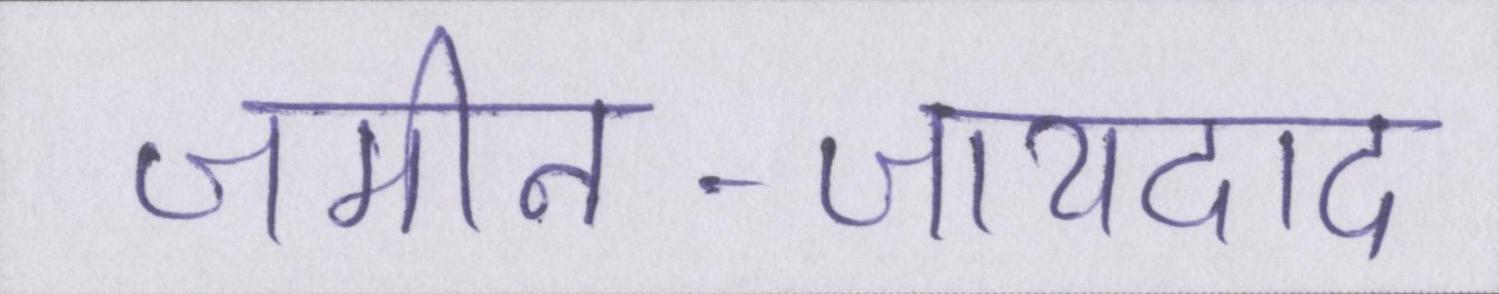
जमीन-जायदाद